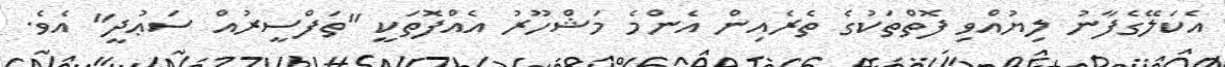
އެކަލޭގެފާނު ލިޔުއްވި ފޮތްތަކުގެ ތެރެއިން އެންމެ މަޝްހޫރު އެއްފޮތަކީ "ތަފްސީރުއް ސަޢުދީ" އެވެ.